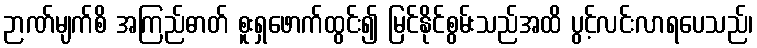
ဉာဏ်မျက်စိ အကြည်ဓာတ် စူးရှဖောက်ထွင်း၍ မြင်နိုင်စွမ်းသည်အထိ ပွင့်လင်းလာရပေသည်၊